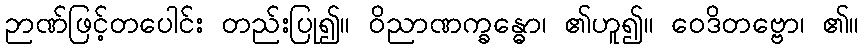
ဉာဏ်ဖြင့်တပေါင်း တည်းပြု၍။ ဝိညာဏက္ခန္ဓော၊ ၏ဟူ၍။ ဝေဒိတဗ္ဗော၊ ၏။